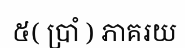
៥( ប្រាំ ) ភាគរយ